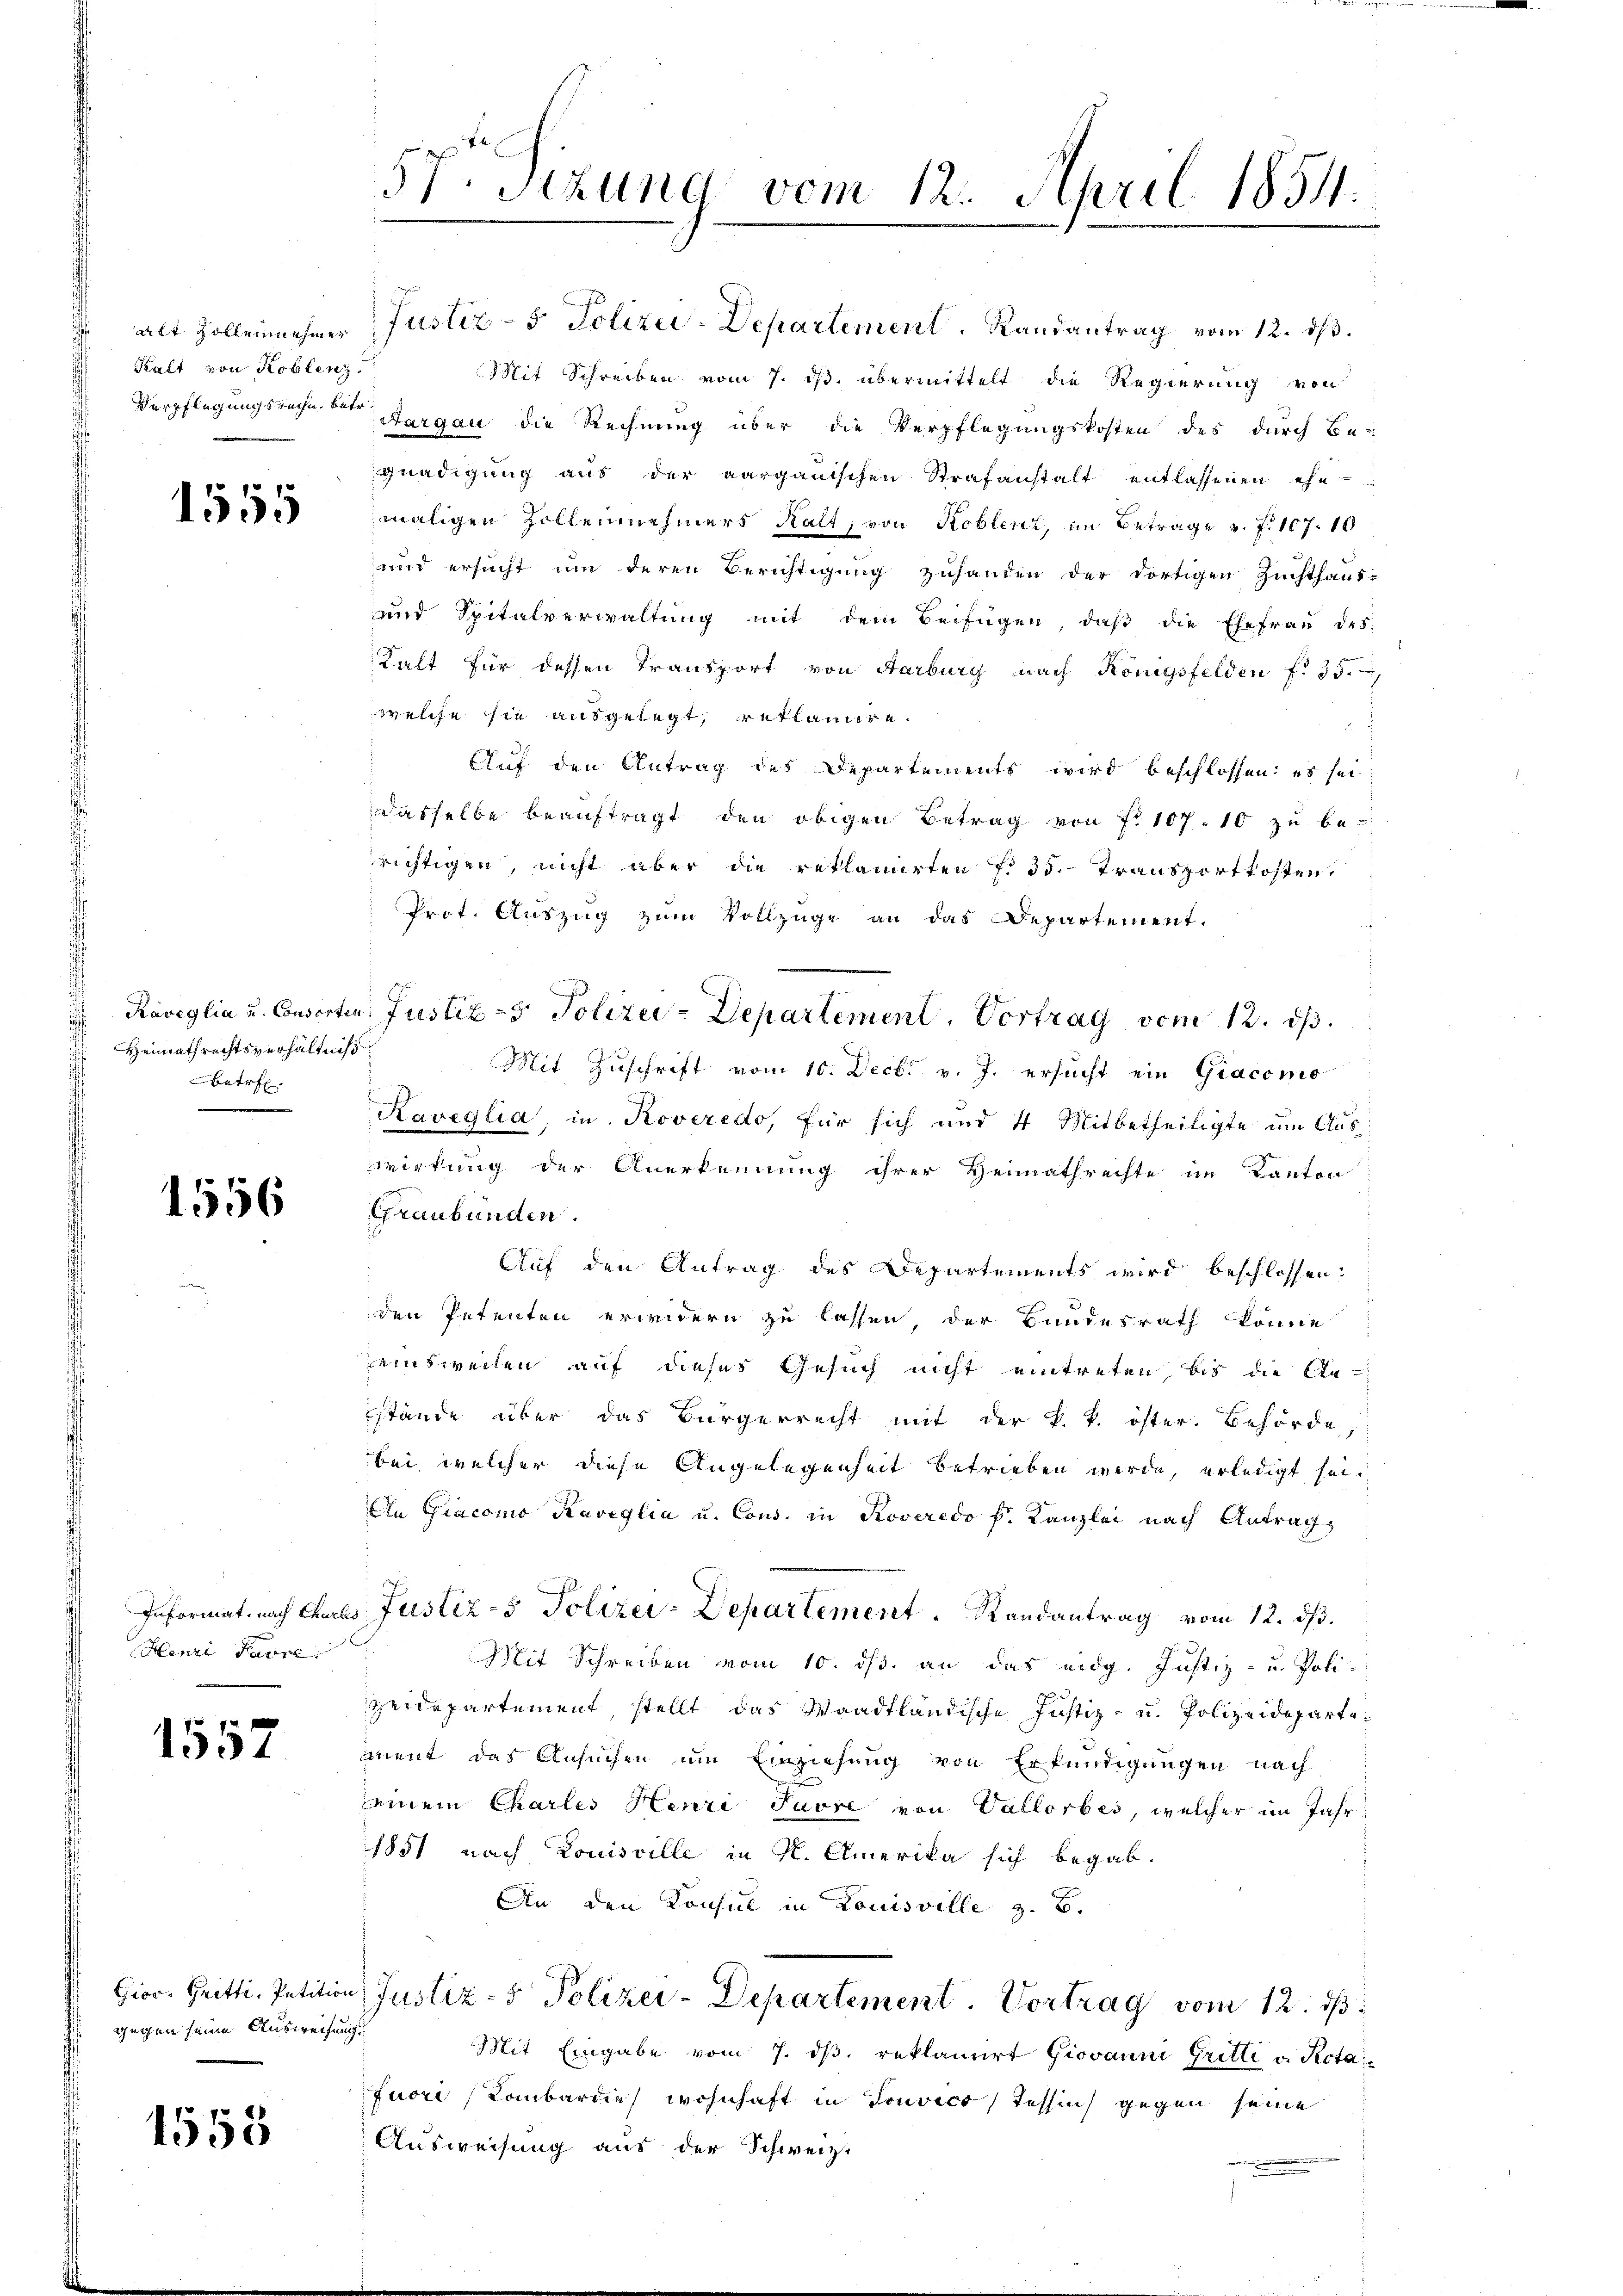
alt Zollennehmer
Kalt von Koblenz

1555

f
Heimathrechtsverhältniß
betr.
.

1556

Henri Parre

1557

gegen seine Ausweisung

1558

57. Sitzung vom 12. April 1854.

Justiz-5. Polizei-Departement. Randantrag vom 12. ds.
Mit Schreiben vom 7. ds. übermittelt die Regierung von
Verpflegungsreche beten Aargau die Rechnung über die Verpflegungskosten des durch Be-
gnadigung aus der aargauischen Strafanstalt entlassenen ehe-
maligen Zollennehmers Kalt, von Koblenz, im Betrage v. f. 107. 10
und ersucht um deren Berichtigung zuhanden der dortigen Zuchthaus-
und Spitalverwaltung mit dem Beifügen, daβ die Ehefrau des
Kalt für dessen Transport von Aarburg nach Königsfelden f. 35.
welche sie ausgelegt, reklamire.
f
Auf den Antrag des Departements wird beschlossen: es sei
dasselbe beauftragt den obigen Betrag von Fr. 107. 10 zu be-
richtigen, nicht aber die reklamirten f. 35. Transportkosten
Prot. Auszug zum Vollzüge an das Departement.
Raveglia u. Consorten: Justiz- & Polizei - Departement. Vortrag vom 12. ds.
Mit Zuschrift vom 10. Decbr v. J. ersucht ein Giacomo
Kaveglia, in Roveredo, für sich und 4 Mitbetheiligte um Auswirkung der Anerkennung ihrer Heimathrechte im Kanton
Graubünden.
Auf den Antrag des Departements wird beschlossen:
den Petenten erwidern zu lassen, der Bundesrath könne
eisweilen auf dieses Gesuch nicht eintreten, bis die Sta-
stände über das Bürgerrecht mit der k. k. öster. Behörde,
bei, welcher diese Angelegenheit betrieben werde, erledigt sei.
An Giacomo Raveglia u. Cons. in Roveredo h. Kanzlei nach Antrag
Informat, nach Chures Justiz- & Polizer-Departement. Randantrag vom 12. ds.
Mit Schreiben vom 10. ds. an das eidg. Justiz- u. Polizeidepartement, stellt das Waadtländische Justiz- u. Polizeidepartement das Ansuchen um Einziehung von Erkundigungen nach
seinem Charles Henri Pavre von Vallorbes, welcher im Jahr¬
1851 nach Louisville in K. Amerika sich begab¬
An den Konsul in Louisville z. B.
Gior. Gritti. Petition Justiz- & Polizei-Departement. Vortrag vom 12. ds.
Mit Eingabe vom 7. dβ. reklamiert Giovanni Gritli v. Rotafuori (Kombardies wohnhaft in Tonvico, Tessin gegen seine
Ausweisung aus der Schweiz.